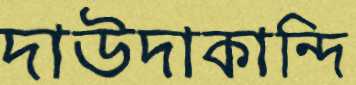
দাউদাকান্দি